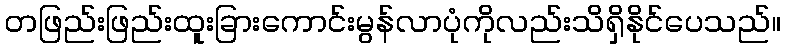
တဖြည်းဖြည်းထူးခြားကောင်းမွန်လာပုံကိုလည်းသိရှိနိုင်ပေသည်။